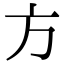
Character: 方